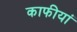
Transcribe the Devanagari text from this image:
काफीयां